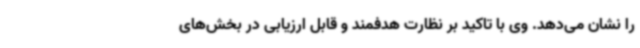
را نشان می‌دهد. وی با تاکید بر نظارت هدفمند و قابل ارزیابی در بخش‌های